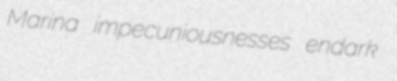
Marina impecuniousnesses endark